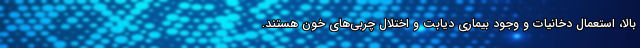
بالا، استعمال دخانیات و وجود بیماری دیابت و اختلال چربی‌های خون هستند.